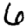
Digit: 6